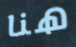
هنا